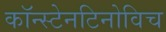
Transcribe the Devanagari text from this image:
कॉन्स्टेनटिनोविच